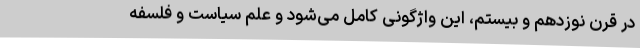
در قرن نوزدهم و بیستم، این واژگونی کامل می‌شود و علم سیاست و فلسفه